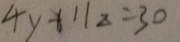
4 y + 1 1 z = 3 0